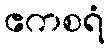
ဧကစရံ